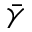
\bar { \gamma }